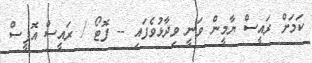
ކަމަށް ރައީސް ޔާމީން ވަނީ ވިދާޅުވެފައި -- ފޮޓޯ / ރައީސް އޮފީސް